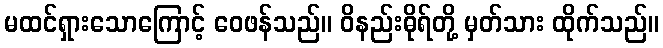
မထင်ရှားသောကြောင့် ဝေဖန်သည်။ ဝိနည်းဓိုရ်တို့ မှတ်သား ထိုက်သည်။